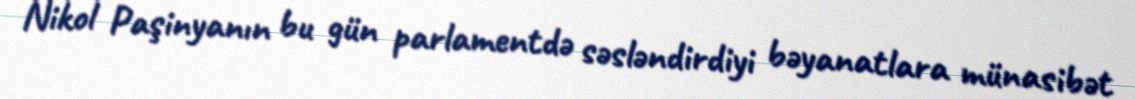
Nikol Paşinyanın bu gün parlamentdə səsləndirdiyi bəyanatlara münasibət